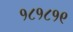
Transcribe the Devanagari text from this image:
१८१८१९